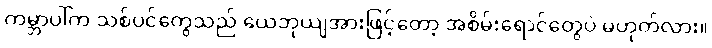
ကမ္ဘာပါ်က သစ်ပင်တွေသည် ယေဘုယျအားဖြင့်တော့ အစိမ်းရောင်တွေပဲ မဟုတ်လား။